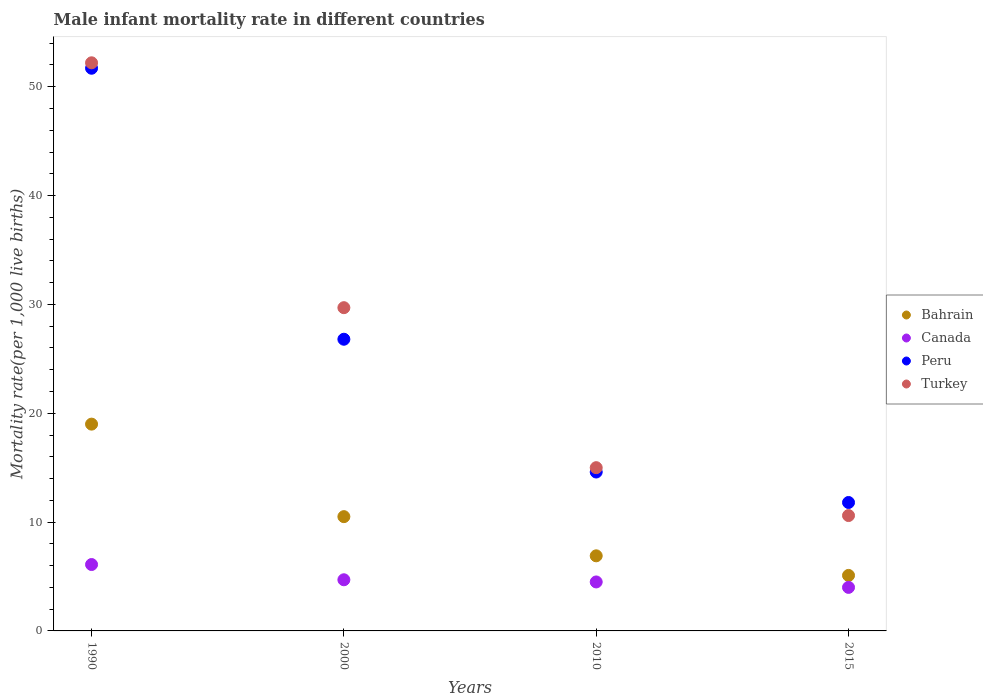
| Years | Bahrain | Canada | Peru | Turkey |
 | --- | --- | --- | --- | --- |
 | 1990 | 19 | 6.1 | 51.7 | 52.2 |
 | 2000 | 10.5 | 4.7 | 26.8 | 29.7 |
 | 2010 | 6.9 | 4.5 | 14.6 | 15 |
 | 2015 | 5.1 | 4 | 11.8 | 10.6 |